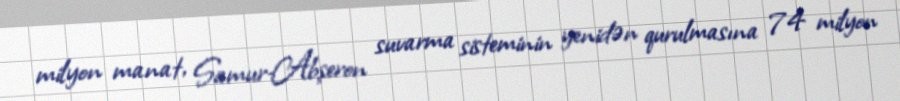
milyon manat, Samur-Abşeron suvarma sisteminin yenidən qurulmasına 74 milyon